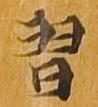
習